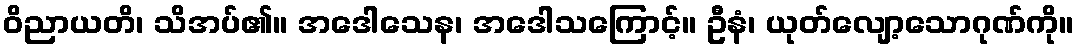
ဝိညာယတိ၊ သိအပ်၏။ အဒေါသေန၊ အဒေါသကြောင့်။ ဦနံ၊ ယုတ်လျော့သောဂုဏ်ကို။